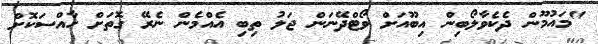
"މައުމޫން ދެކެވާލޯބިން އިބޫއަށް ވޯޓްދޭނަން ޖަލު ތިބި އެއްމެން ނެރޭ ގޮތަށް ހާއްސަކޮށް